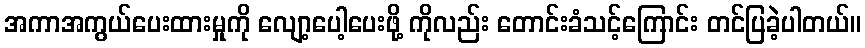
အကာအကွယ်ပေးထားမှုကို လျော့ပေါ့ပေးဖို့ ကိုလည်း တောင်းခံသင့်ကြောင်း တင်ပြခဲ့ပါတယ်။